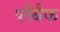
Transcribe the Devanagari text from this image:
प्लैबैक